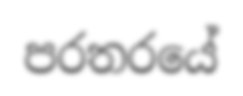
පරතරයේ